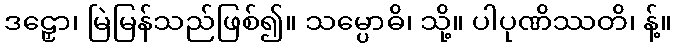
ဒဠှော၊ မြဲမြန်သည်ဖြစ်၍။ သမ္ပောဓိ၊ သို့။ ပါပုဏိဿတိ၊ န့်။